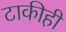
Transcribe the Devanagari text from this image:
टाकीही